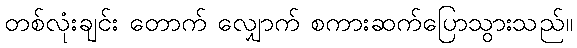
တစ်လုံးချင်း တောက် လျှောက် စကားဆက်ပြောသွားသည်။